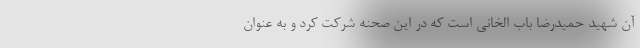
آن شهید حمیدرضا باب الخانی است که در این صحنه شرکت کرد و به عنوان